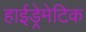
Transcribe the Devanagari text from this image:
हाईड्रेमेटिक